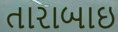
તારાબાઇ